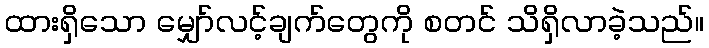
ထားရှိသော မျှော်လင့်ချက်တွေကို စတင် သိရှိလာခဲ့သည်။